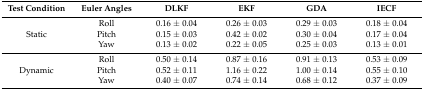
<table><thead><tr><td><b>Test Condition</b></td><td><b>Euler Angles</b></td><td><b>DLKF</b></td><td><b>EKF</b></td><td><b>GDA</b></td><td><b>IECF</b></td></tr></thead><tbody><tr><td></td><td>Roll</td><td>0.16 ± 0.04</td><td>0.26 ± 0.03</td><td>0.29 ± 0.03</td><td>0.18 ± 0.04</td></tr><tr><td>Static</td><td>Pitch</td><td>0.15 ± 0.03</td><td>0.42 ± 0.02</td><td>0.30 ± 0.04</td><td>0.17 ± 0.04</td></tr><tr><td></td><td>Yaw</td><td>0.13 ± 0.02</td><td>0.22 ± 0.05</td><td>0.25 ± 0.03</td><td>0.13 ± 0.01</td></tr><tr><td></td><td>Roll</td><td>0.50 ± 0.14</td><td>0.87 ± 0.16</td><td>0.91 ± 0.13</td><td>0.53 ± 0.09</td></tr><tr><td>Dynamic</td><td>Pitch</td><td>0.52 ± 0.11</td><td>1.16 ± 0.22</td><td>1.00 ± 0.14</td><td>0.55 ± 0.10</td></tr><tr><td></td><td>Yaw</td><td>0.40 ± 0.07</td><td>0.74 ± 0.14</td><td>0.68 ± 0.12</td><td>0.37 ± 0.09</td></tr></tbody></table>